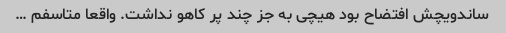
ساندویچش افتضاح بود هیچی به جز چند پر کاهو نداشت. واقعا متاسفم …